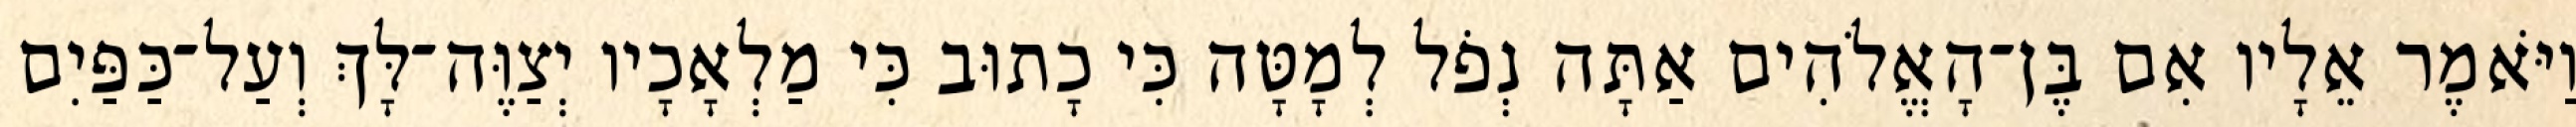
וַיֹּאמֶר אֵלָיו אִם בֶּן־הָאֱלֹהִים אַתָּה נְפֹל לְמָטָּה כִּי כָתוּב כִּי מַלְאָכָיו יְצַוֶּה־לָּךְ וְעַל־כַּפַּיִם